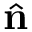
\hat { \mathbf { n } }